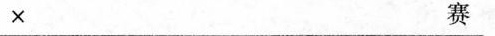
×赛